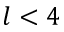
l < 4